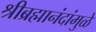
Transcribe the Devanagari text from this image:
श्रीब्रह्मानंदांमुळे